Punjab Mental Hospital Lahore 1922-31 - 1922-1931
Year: 1922
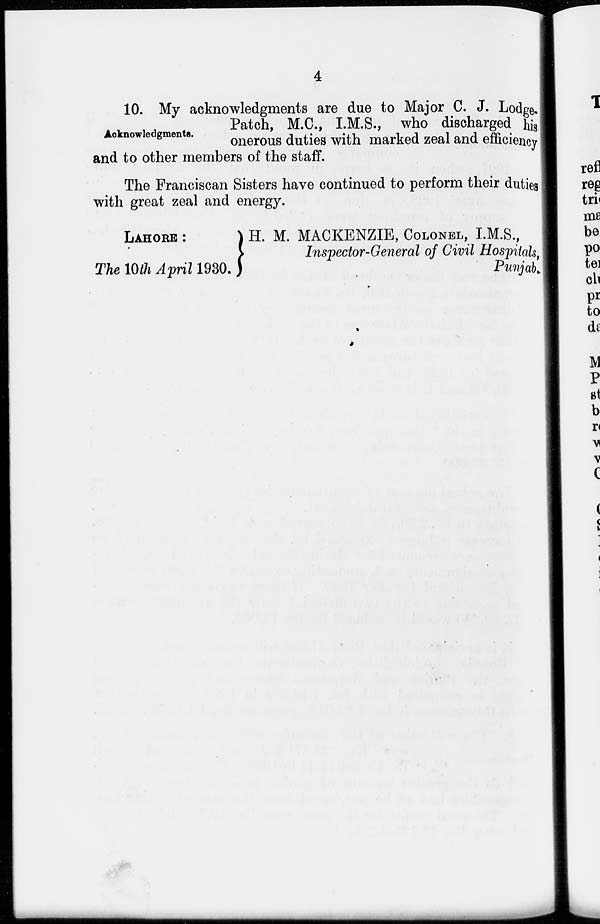
4
Acknowledgments.
10. My acknowledgments are due to Major C. J. Lodge-
Patch, M.C., I.M.S., who discharged his
onerous duties with marked zeal and efficiency
and to other members of the staff.
The Franciscan Sisters have continued to perform their duties
with great zeal and energy.
LAHORE :
The 10th April 1980.
H. M. MACKENZIE, COLONEL, I.M.S.,
Inspector-General of Civil Hospitals,
Punjab.